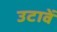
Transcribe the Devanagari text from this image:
उटावें